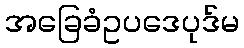
အခြေခံဥပဒေပုဒ်မ